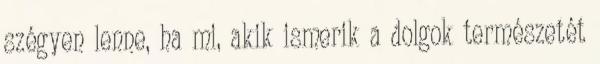
szégyen lenne, ha mi, akik ismerik a dolgok természetét